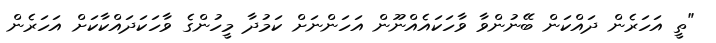
"ތީ އަހަރެން ދައްކަން ބޭނުންވާ ވާހަކައެއްނޫން އަހަންނަށް ކަމުދާ މީހުންގެ ވާހަކަދައްކާކަށް އަހަރެން